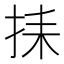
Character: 𢬗